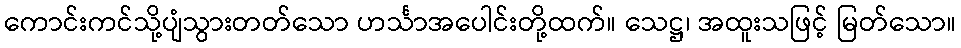
ကောင်းကင်သို့ပျံသွားတတ်သော ဟင်္သာအပေါင်းတို့ထက်။ သေဋ္ဌ၊ အထူးသဖြင့် မြတ်သော။